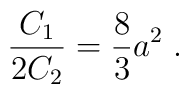
\frac{C_1}{2C_2}=\frac{8}{3}a^2\;.